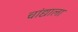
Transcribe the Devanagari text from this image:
चांद्याला